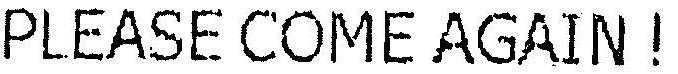
PLEASE COME AGAIN !